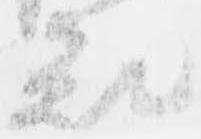
被